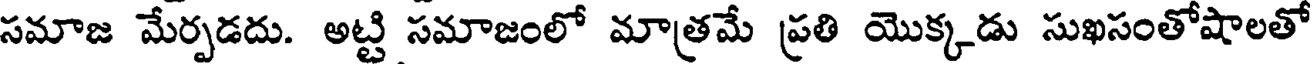
సమాజ మేర్పడదు. అట్టి సమాజంలో మాత్రమే ప్రతి యొక్కడు సుఖసంతోషాలతో